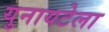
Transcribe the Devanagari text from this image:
युनायटेला